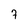
Character: 7